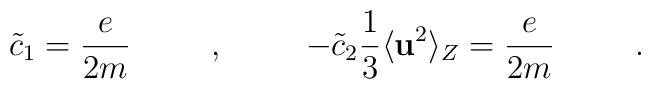
\tilde{c}_{1} = \frac{e}{2m}\hspace{.4in},\hspace{.4in}-\tilde{c}_{2}\frac{1}{3}\langle{\bf{u}}^2\rangle_{Z} = \frac{e}{2m}\hspace{.4in}.